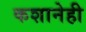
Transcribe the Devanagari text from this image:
कशानेही